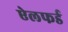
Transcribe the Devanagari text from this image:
ऐलफर्ड